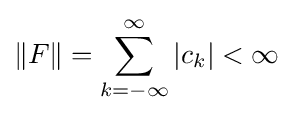
\|F\|=\sum \limits _{k=-\infty }^{\infty }|c_{k}|<\infty